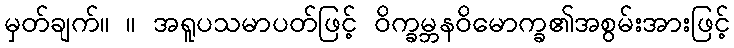
မှတ်ချက်။ ။ အရူပသမာပတ်ဖြင့် ဝိက္ခမ္ဘနဝိမောက္ခ၏အစွမ်းအားဖြင့်